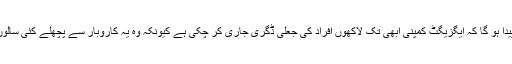
لیکن پھر یہ سوال پیدا ہو گا کہ ایگزیگٹ کمپنی ابھی تک لاکھوں افراد کی جعلی ڈگری جاری کر چکی ہے کیونکہ وہ یہ کاروبار سے پچھلے کئی سالوں سے کر رہی ہے۔